Mental hospitals Bombay report 1921-28 - 1921-1928
Year: 1921
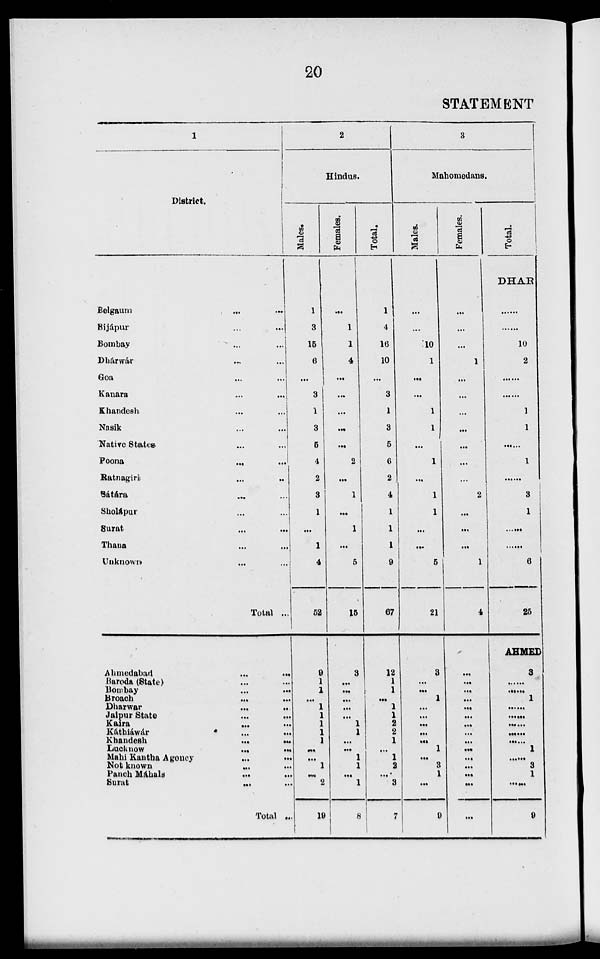
20
STATEMENT
1
District.
Belgaum ... ...
Bijápur ... ...
Bombay ... ...
Dhárwár ... ...
Goa
...
...
Kanara
...
...
Khandesh ... ...
Nasik ... ...
Native States ... ...
Poona
...
...
Ratnagiri ... ...
Sátára ... ...
Sholápur ... ...
Surat ... ...
Thana ... ...
Unknown
...
...
Total ...
Ahmedabad ... ...
Baroda (State) ... ...
Bombay ... ...
Broach ... ...
Dharwar ... ...
Jaipur State ... ...
Kaira ... ...
Káthiáwár ... ...
Khandesh ... ...
Lacknow
...
...
Mahi Kantha Agency ... ...
Not known ... ...
Panch Máhals ... ...
Surat
...
...
Total ...
2
Hindus.
Males.
1
3
15
6
...
3
1
3
5
4
2
3
1
...
1
4
52
9
1
1
...
1
1
1
1
1
...
...
1
...
2
19
Females.
...
1
1
4
...
...
...
...
...
2
...
1
...
1
...
5
15
3
...
...
...
...
...
1
1
...
...
1
1
...
1
8
Total.
1
4
16
10
...
3
1
3
5
6
2
4
1
1
1
9
67
12
1
1
...
1
1
2
2
1
...
1
2
...
3
27
3
Mahomedans.
Males.
...
...
10
1
...
...
1
1
...
1
...
1
1
...
...
5
21
3
...
...
1
...
...
...
...
...
1
...
3
1
...
9
Females.
...
...
...
1
...
...
...
...
...
...
...
2
...
...
...
1
4
...
...
...
...
...
...
...
...
...
...
...
...
...
...
...
Total.
DHAR
......
......
10
2
......
......
1
1
......
1
......
3
1
......
......
6
25
AHMED
3
......
......
1
......
......
......
......
......
1
......
3
1
......
9